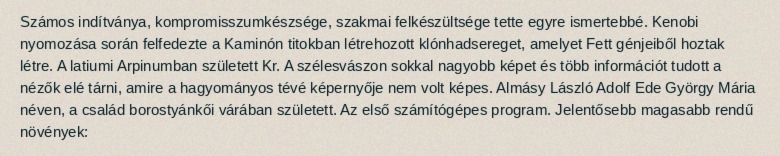
Számos indítványa, kompromisszumkészsége, szakmai felkészültsége tette egyre ismertebbé. Kenobi nyomozása során felfedezte a Kaminón titokban létrehozott klónhadsereget, amelyet Fett génjeiből hoztak létre. A latiumi Arpinumban született Kr. A szélesvászon sokkal nagyobb képet és több információt tudott a nézők elé tárni, amire a hagyományos tévé képernyője nem volt képes. Almásy László Adolf Ede György Mária néven, a család borostyánkői várában született. Az első számítógépes program. Jelentősebb magasabb rendű növények: